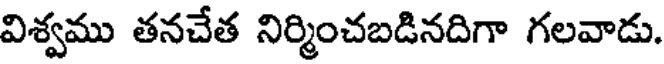
విశ్వము తనచేత నిర్మించబడినదిగా గలవాడు.